38_143685_box7_Incident_Summaries_1-100
Agency: Department of War
Page 55
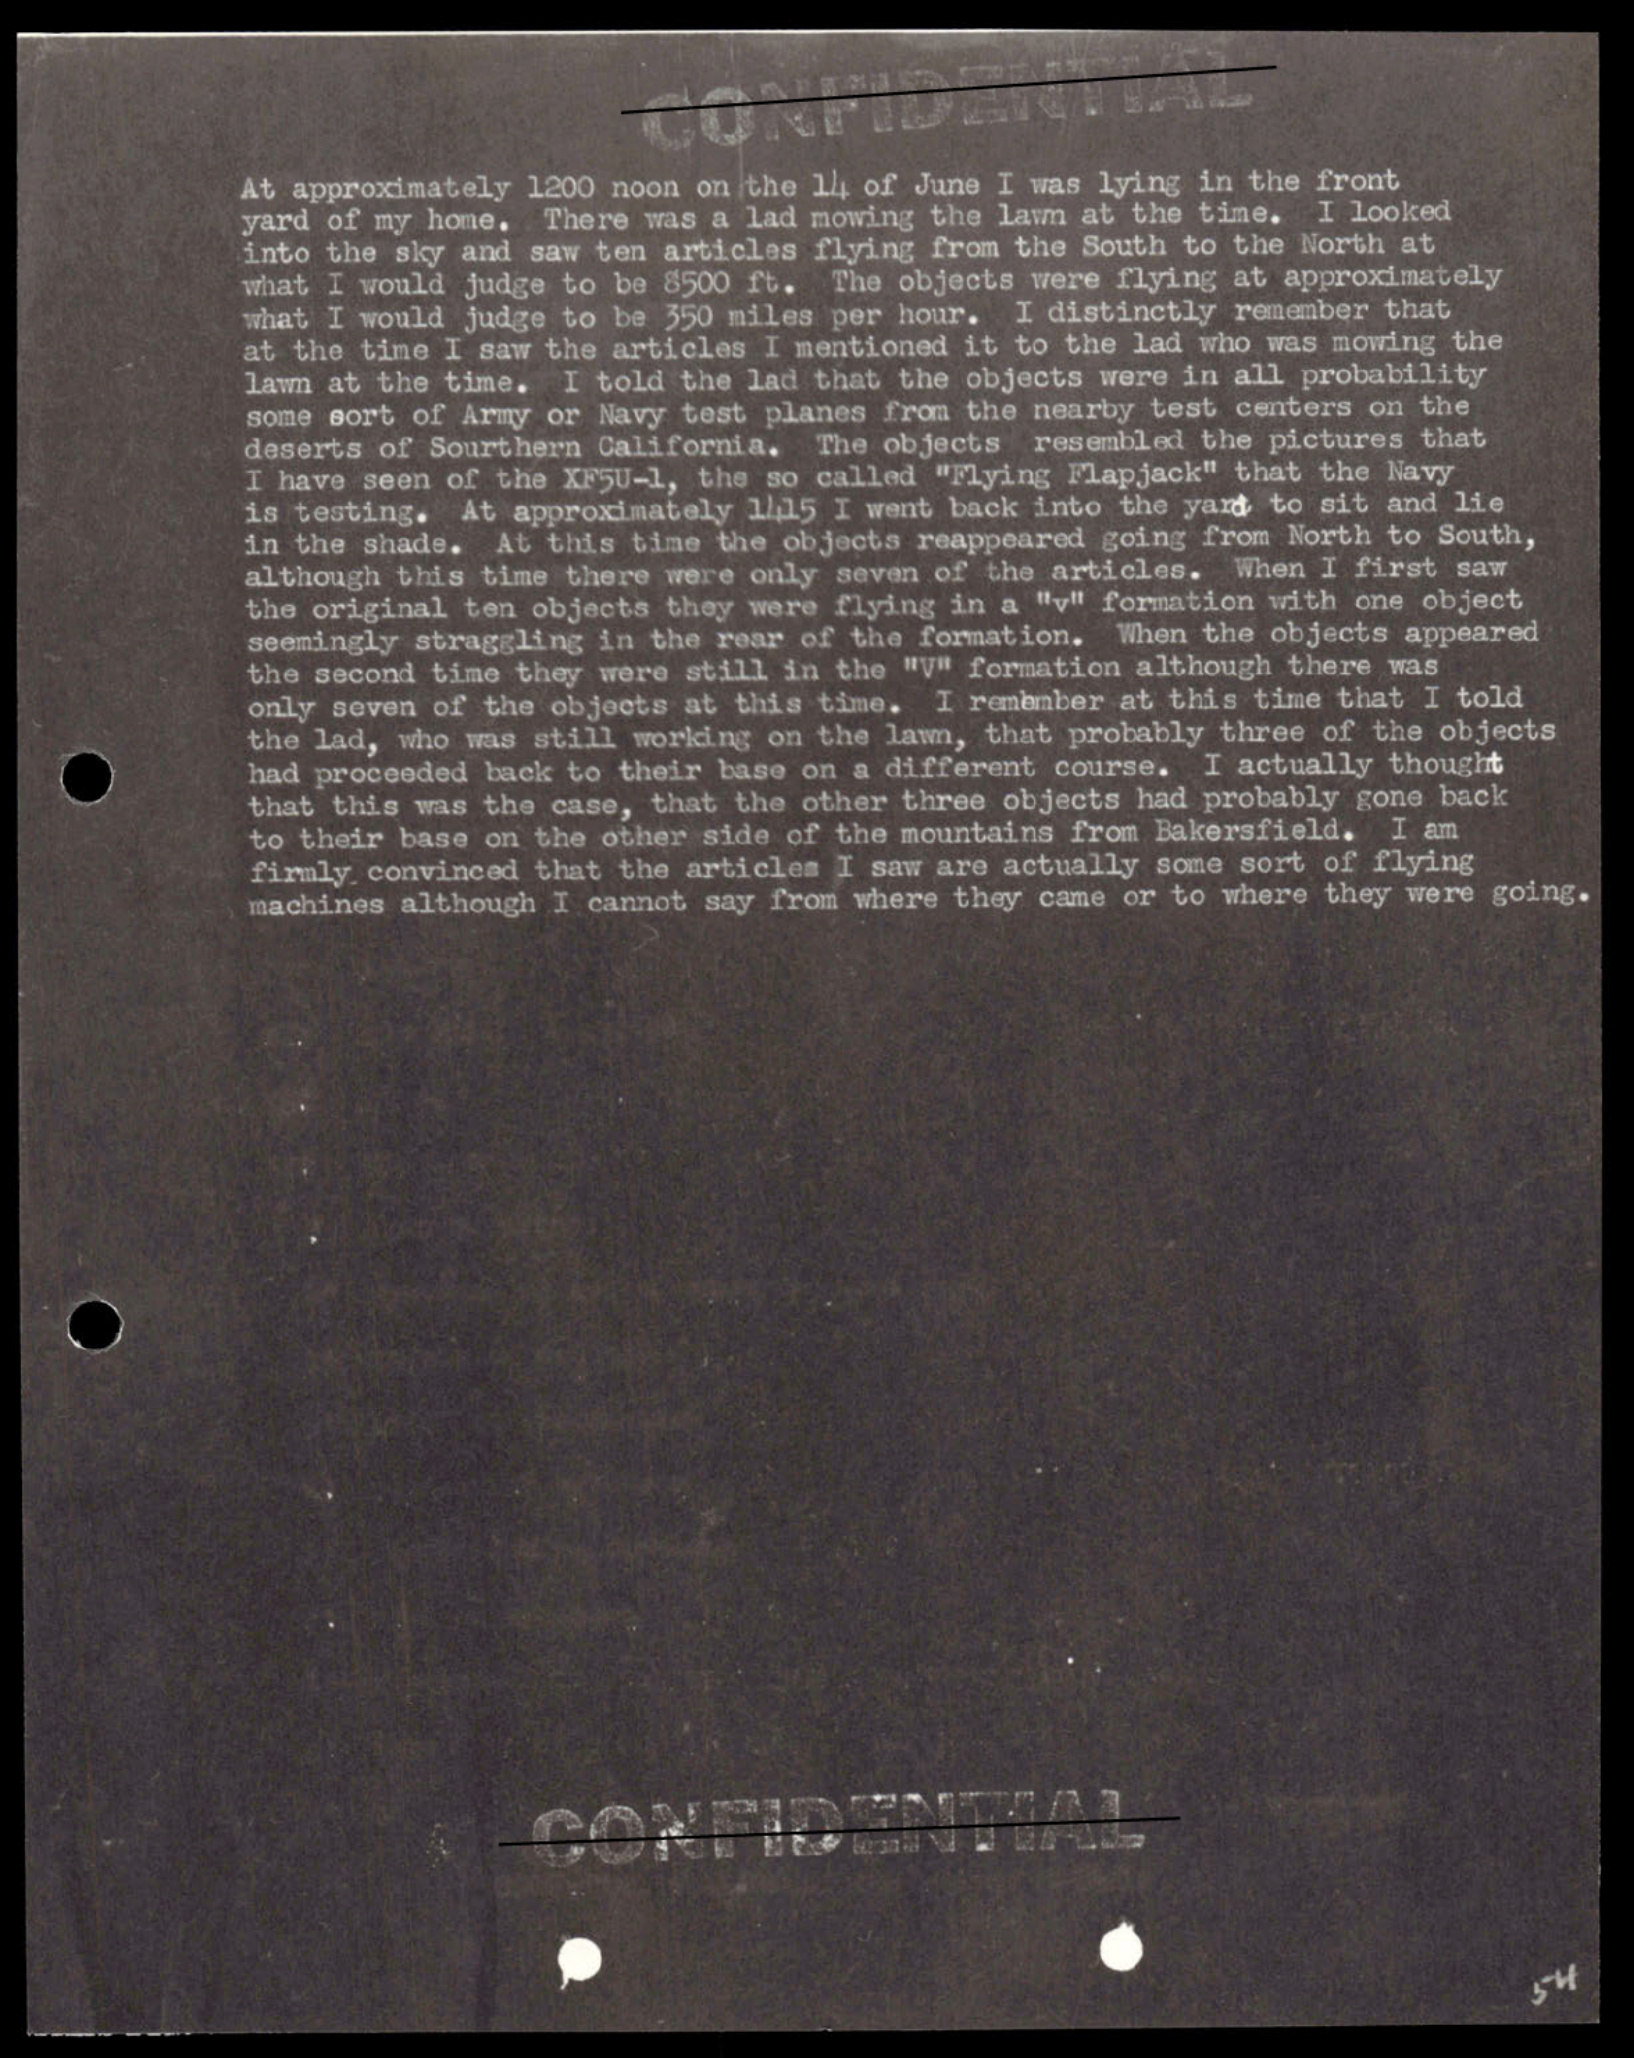